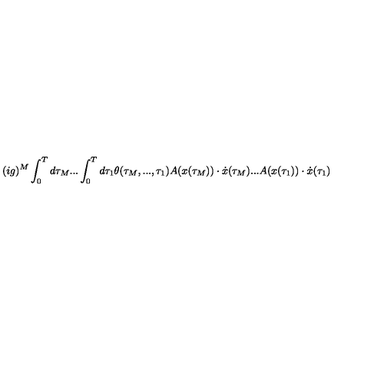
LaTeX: ( i g ) ^ { M } \int _ { 0 } ^ { T } d \tau _ { M } . . . \int _ { 0 } ^ { T } d \tau _ { 1 } \theta ( \tau _ { M } , . . . , \tau _ { 1 } ) A ( x ( \tau _ { M } ) ) \cdot \dot { x } ( \tau _ { M } ) . . . A ( x ( \tau _ { 1 } ) ) \cdot \dot { x } ( \tau _ { 1 } )